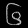
Digit: ၆